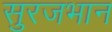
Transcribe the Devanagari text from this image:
सुरजभान